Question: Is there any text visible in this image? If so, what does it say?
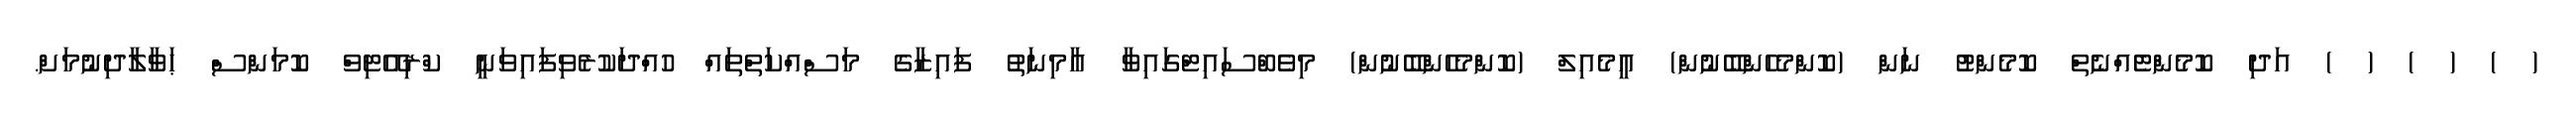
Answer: ( ) ( ) ( ) އަދި ކޮމެންޓެއްނެތް ކޮމެންޓު ނަން (ކޮންމެހެންބޭނުން) އީމެއިލް (ކޮންމެހެންބޭނުން) މިވެބްސައިޓްގައިވާ އާމިނަތު ފައިޒާގެ މަސްއްކަތްތައް ހުއްދަކުރެވިފައިވަނީ ކްރިއޭޓިވް ކޮމަންސް ޙަވާލާދިނުމަށް.